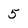
Character: 5